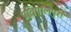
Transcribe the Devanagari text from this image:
प्रतिपालपुरा